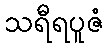
သရီရပူဇံ